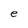
Character: e